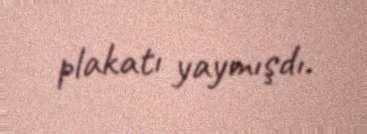
plakatı yaymışdı.